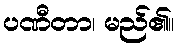
ပဏီတာ၊ မည်၏။